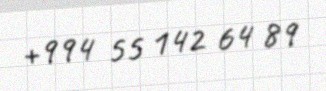
+994 55 142 64 89